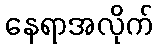
နေရာအလိုက်